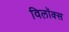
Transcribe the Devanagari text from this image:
विलॉक्स